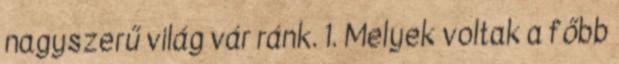
nagyszerű világ vár ránk. 1. Melyek voltak a főbb